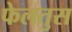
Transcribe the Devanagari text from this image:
फेलतुस